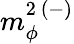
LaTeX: m_{\phi}^{2\ (-)}